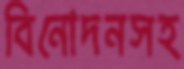
বিনোদনসহ